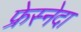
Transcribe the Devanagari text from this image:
फ्रेस्नेदा